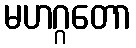
မဟဂ္ဂတော